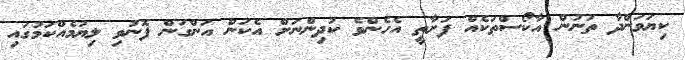
ކިޔަވަންދާ ތަނުން އާކޯސްތަކެއް ފަށާތީ އެހެންވެ ކުދިންނަށް އެކަން އަންގަން ފޮނުވި ލިޔުމެއްކަމުގައި